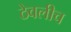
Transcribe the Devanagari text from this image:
ठेवलीच